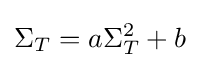
\Sigma _{T}=a\Sigma _{T}^{2}+b